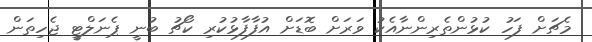
މެޗަށް ފަހު ކުޅުންތެރިންނާއެކު ވަރަށް ބޮޑަށް އުފާފާޅުކުރި ކޯޗު ބުނީ ޕެނަލްޓީ ޖެހިތަން